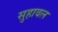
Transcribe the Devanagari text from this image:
सुहावल